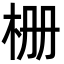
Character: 栅